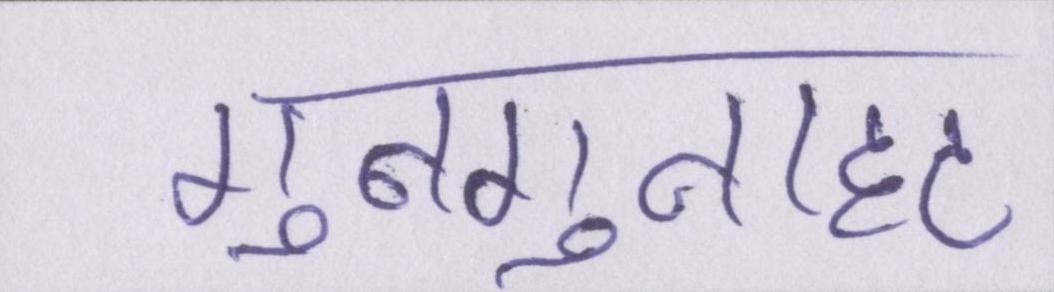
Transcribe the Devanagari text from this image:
गुनगुनाहट